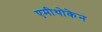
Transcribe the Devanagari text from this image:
एमीथोकेन